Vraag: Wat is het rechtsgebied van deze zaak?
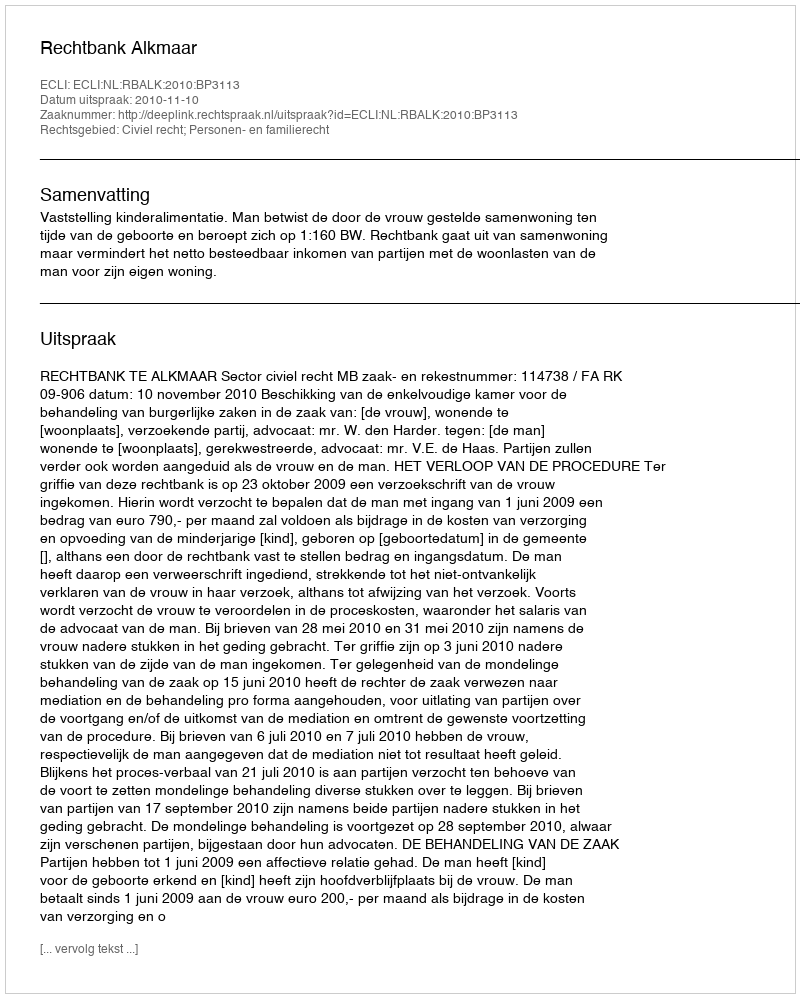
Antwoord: Civiel recht; Personen- en familierecht